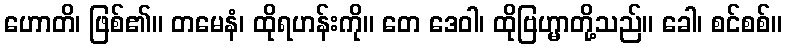
ဟောတိ၊ ဖြစ်၏။ တမေနံ၊ ထိုရဟန်းကို။ တေ ဒေဝါ၊ ထိုဗြဟ္မာတို့သည်။ ခေါ၊ စင်စစ်။